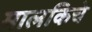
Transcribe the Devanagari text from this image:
मालकिचे